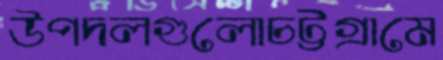
উপদলগুলোচট্টগ্রামে